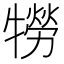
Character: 𤛮